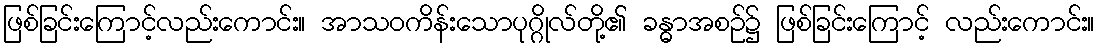
ဖြစ်ခြင်းကြောင့်လည်းကောင်း။ အာသဝကိန်းသောပုဂ္ဂိုလ်တို့၏ ခန္ဓာအစဉ်၌ ဖြစ်ခြင်းကြောင့် လည်းကောင်း။